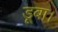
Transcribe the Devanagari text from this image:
डूबा।